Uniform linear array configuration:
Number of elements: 24
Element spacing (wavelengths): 1
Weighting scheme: uniform
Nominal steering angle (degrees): -60
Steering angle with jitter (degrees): -58.552
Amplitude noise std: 0.05
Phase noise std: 0.05

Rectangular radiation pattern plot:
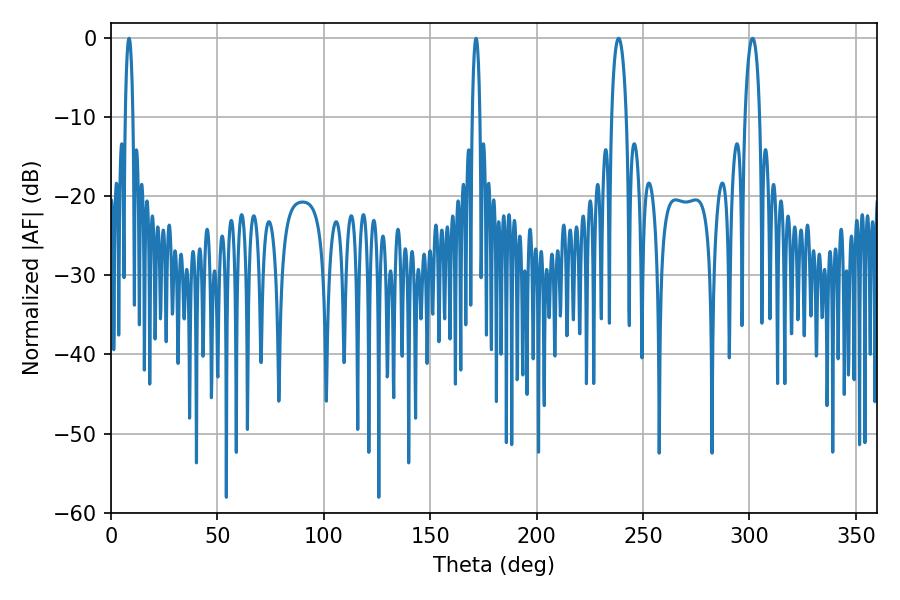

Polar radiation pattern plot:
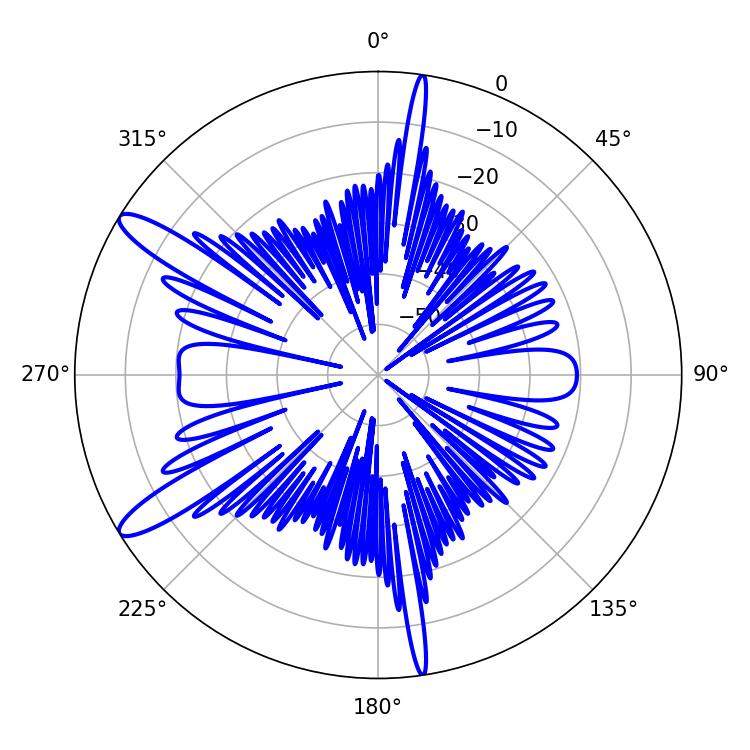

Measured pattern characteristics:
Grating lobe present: TRUE
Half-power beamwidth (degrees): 3.78
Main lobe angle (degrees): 238.5